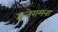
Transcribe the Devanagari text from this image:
इन्तेरामना